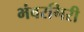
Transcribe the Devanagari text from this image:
भंवरगिरी